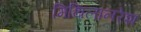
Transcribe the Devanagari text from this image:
मिथिलानरेश